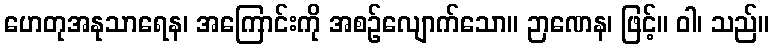
ဟေတုအနုသာရေန၊ အကြောင်းကို အစဉ်လျောက်သော။ ဉာဏေန၊ ဖြင့်။ ဝါ၊ သည်။